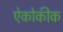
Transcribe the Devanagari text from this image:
ऐकोकीक